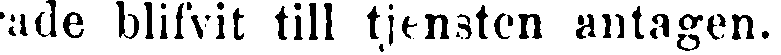
rade blifvit till tjensten antagen.